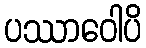
ပဿာဝေါပိ